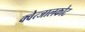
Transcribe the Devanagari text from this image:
क्वेत्जालकोट